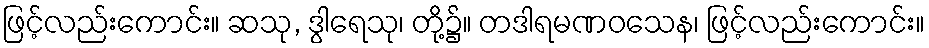
ဖြင့်လည်းကောင်း။ ဆသု, ဒွါရေသု၊ တို့၌။ တဒါရမဏဝသေန၊ ဖြင့်လည်းကောင်း။